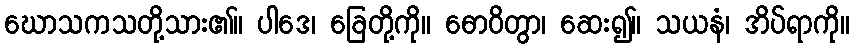
ဃောသကသတို့သား၏။ ပါဒေ၊ ခြေတို့ကို။ ဓောဝိတွာ၊ ဆေး၍။ သယနံ၊ အိပ်ရာကို။